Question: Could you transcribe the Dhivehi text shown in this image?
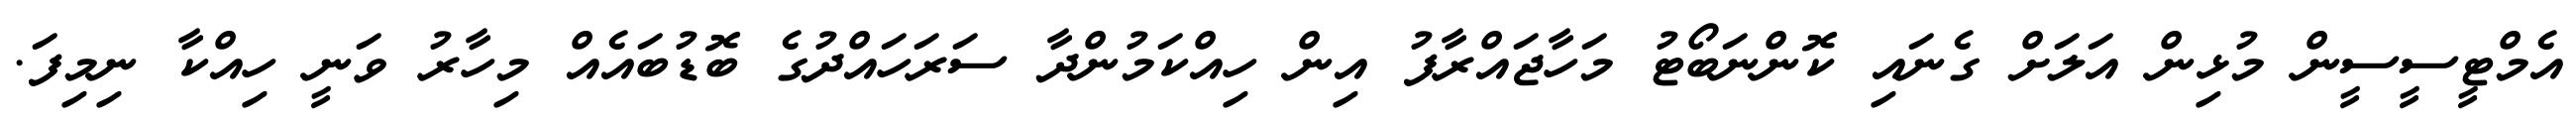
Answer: އެމްޓީސީސީން މުޅިން އަލަށް ގެނައި ކޮންނަބޯޓު މަހާޖައްރާފު އިން ހިއްކަމުންދާ ސަރަހައްދުގެ ބޮޑުބައެއް މިހާރު ވަނީ ހިއްކާ ނިމިފަ.